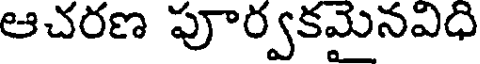
ఆచరణ పూర్వకమైనవిధి